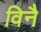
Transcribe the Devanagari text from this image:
विनै